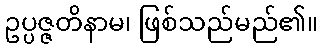
ဥပ္ပဇ္ဇတိနာမ၊ ဖြစ်သည်မည်၏။